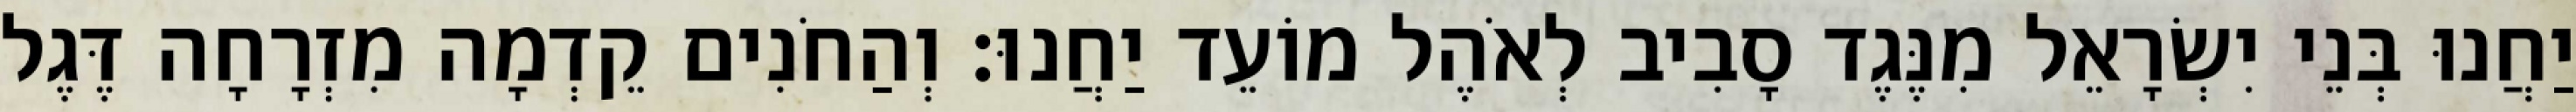
יַחֲנוּ בְּנֵי יִשְׂרָאֵל מִנֶּגֶד סָבִיב לְאֹהֶל מוֹעֵד יַחֲנוּ׃ וְהַחֹנִים קֵדְמָה מִזְרָחָה דֶּגֶל